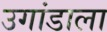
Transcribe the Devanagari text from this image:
उगांडाला